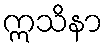
ဣသိနာ